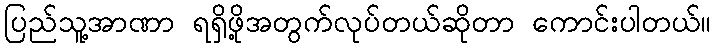
ပြည်သူ့အာဏာ ရရှိဖို့အတွက်လုပ်တယ်ဆိုတာ ကောင်းပါတယ်။